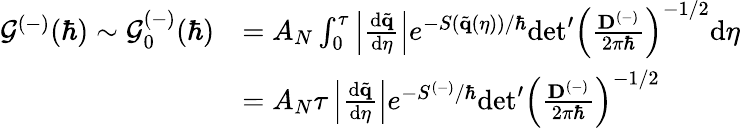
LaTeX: \begin{array}{rl}{\mathcal{G}^{(-)}(\hbar)\sim\mathcal{G}_{0}^{(-)}(\hbar)}&{=A_{N}\int_{0}^{\tau}\left|\frac{\mathrm{d}\tilde{\mathbf{q}}}{\mathrm{d}\eta}\right|e^{-S(\tilde{\mathbf{q}}(\eta))/\hbar}\mathrm{det}^{\prime}\left(\frac{\mathbf{D}^{(-)}}{2\pi\hbar}\right)^{-1/2}\mathrm{d}\eta}\\ &{=A_{N}\tau\left|\frac{\mathrm{d}\tilde{\mathbf{q}}}{\mathrm{d}\eta}\right|e^{-S^{(-)}/\hbar}\mathrm{det}^{\prime}\left(\frac{\mathbf{D}^{(-)}}{2\pi\hbar}\right)^{-1/2}}\end{array}